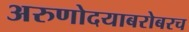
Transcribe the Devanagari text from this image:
अरुणोदयाबरोबरच